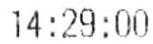
14:29:00